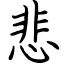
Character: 悲